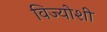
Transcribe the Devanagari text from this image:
विज्योशी